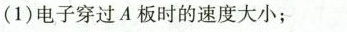
(1)电子穿过A板时的速度大小；